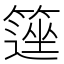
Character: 𥲽